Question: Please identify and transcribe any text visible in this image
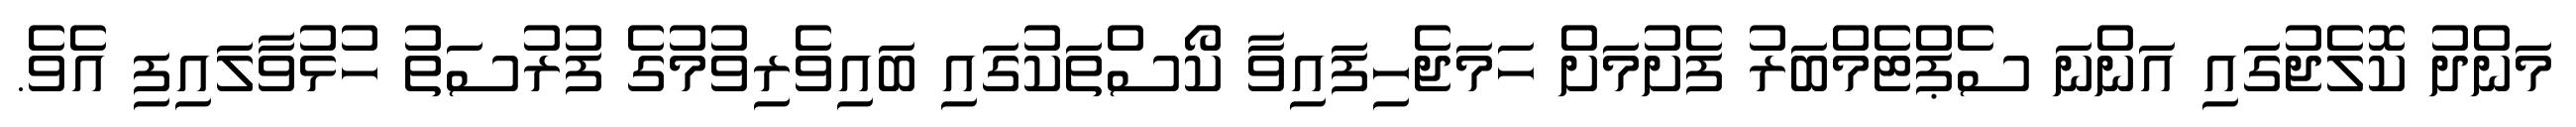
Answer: މަންދު ކޮލެޖުގައި އަންނަ ސެޕްޓެމްބަރު ފެށުމަށް ހަމަޖެހިފައިވާ ކޯސްތަކުގައި ބައިވެރިވުމުގެ ފުރުސަތު ހުޅުވާލައިފި އެވެ.